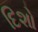
દિશો